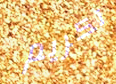
تكريم